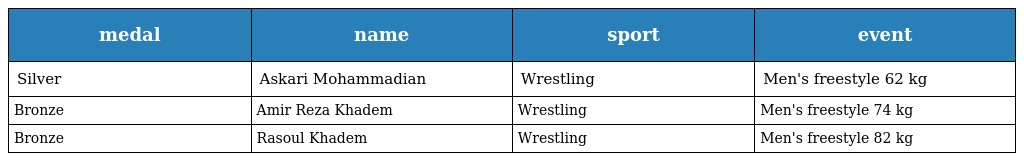
| medal | name | sport | event |
 | --- | --- | --- | --- |
 | Silver | Askari Mohammadian | Wrestling | Men's freestyle 62 kg |
 | Bronze | Amir Reza Khadem | Wrestling | Men's freestyle 74 kg |
 | Bronze | Rasoul Khadem | Wrestling | Men's freestyle 82 kg |